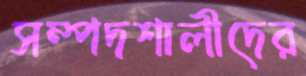
সম্পদশালীদের